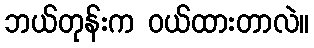
ဘယ်တုန်းက ဝယ်ထားတာလဲ။